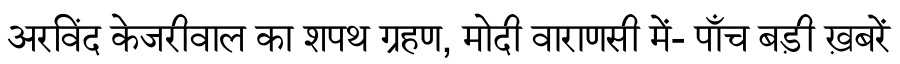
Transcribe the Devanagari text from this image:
अरविंद केजरीवाल का शपथ ग्रहण, मोदी वाराणसी में- पाँच बड़ी ख़बरें